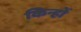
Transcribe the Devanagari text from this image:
किन्हों